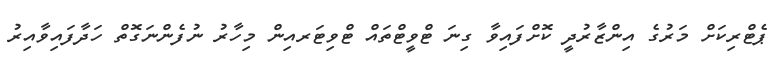
ޕެޓްރިކަށް މަރުގެ އިންޒާރުދީ ކޮށްފައިވާ ގިނަ ޓްވީޓްތައް ޓްވިޓަރއިން މިހާރު ނުފެންނަގޮތް ހަދާފައިވާއިރު